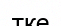
тке